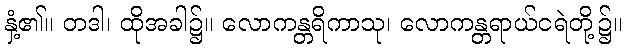
နှံ့၏။ တဒါ၊ ထိုအခါ၌။ လောကန္တရိကာသု၊ လောကန္တရာယ်ငရဲတို့၌။